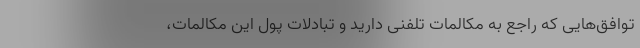
توافق‌هایی که راجع به مکالمات تلفنی دارید و تبادلات پول این مکالمات،